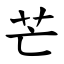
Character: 芒